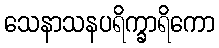
သေနာသနပရိက္ခာရိကော